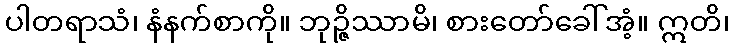
ပါတရာသံ၊ နံနက်စာကို။ ဘုဉ္ဇိဿာမိ၊ စားတော်ခေါ်အံ့။ ဣတိ၊